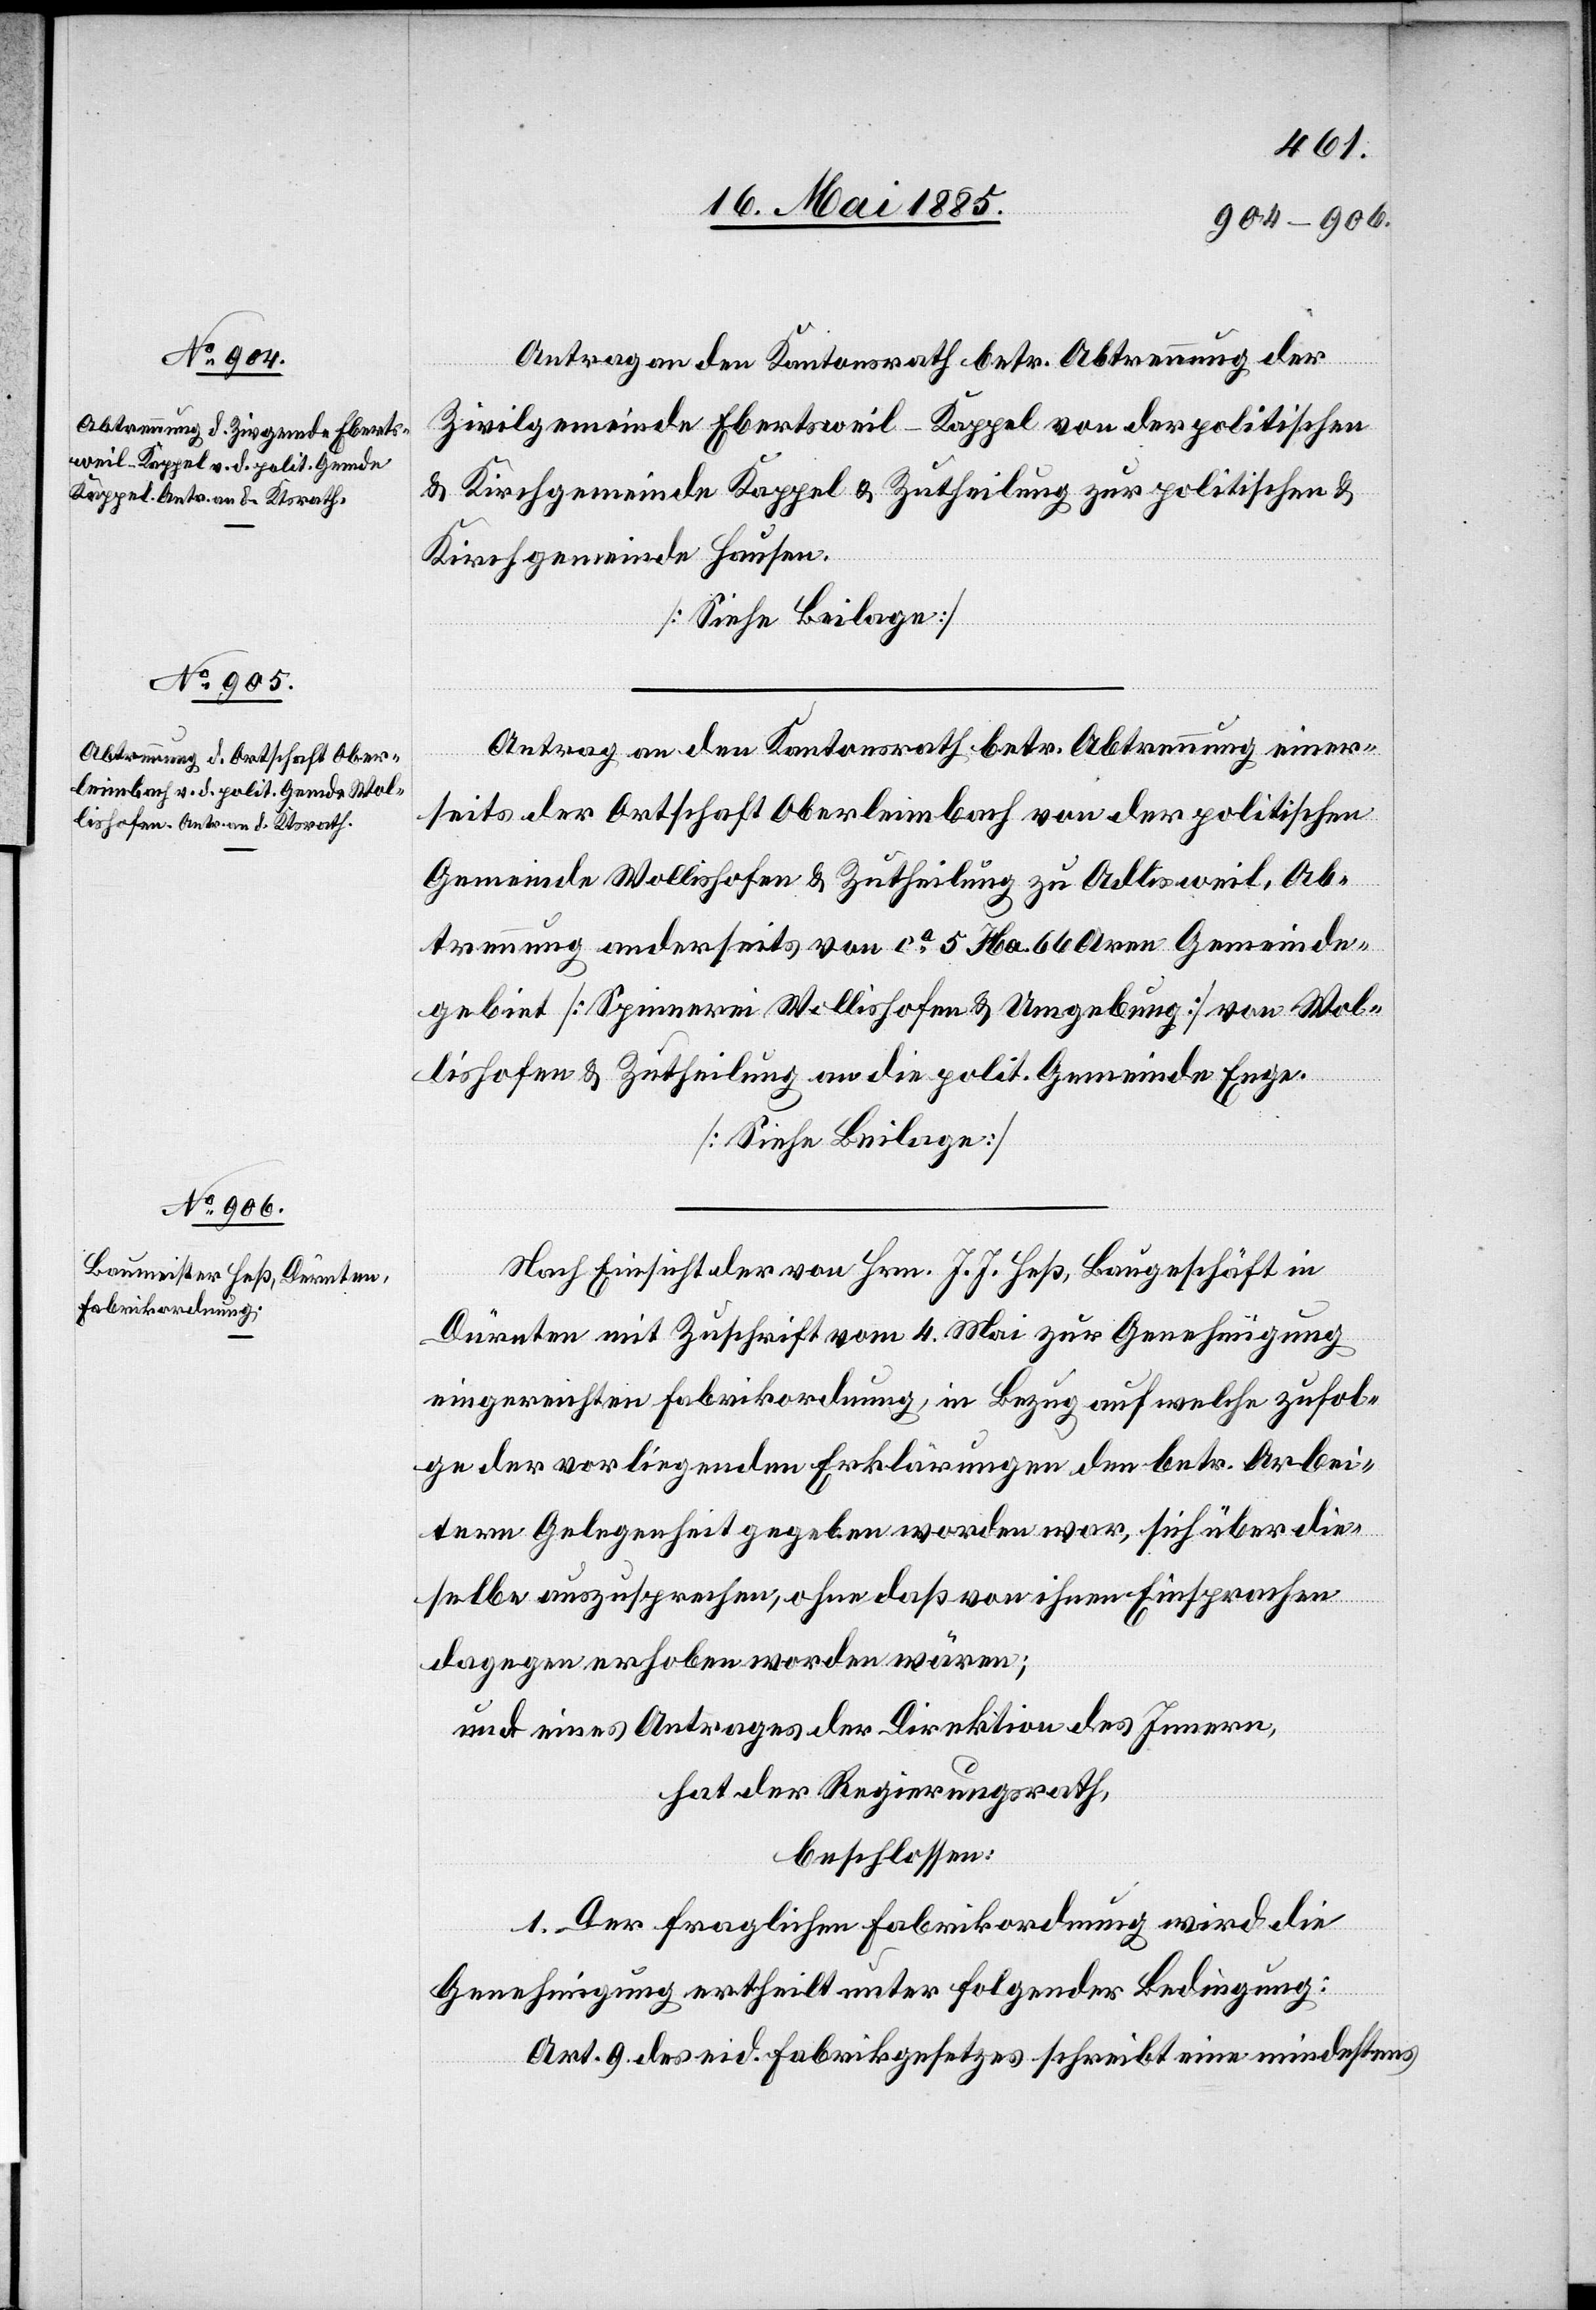
Antrag an den Kantonsrath betr. Abtrennung der
Zivilgemeinde Ebertsweil - Kappel von der politischen
& Kirchgemeinde Kappel & Zutheilung zur politischen K¬
irchgemeinde Hausen.
[Siehe Beilage]
Antrag an den Kantonsrath betr. Abtrennung einer¬
seits der Ortschaft Oberleimbach von der politischen
Gemeinde Wollishofen & Zutheilung zu Adlisweil, Ab¬
trennung anderseits von ca 5 Ha. 66 Aren Gemeinde¬
gebiet [Spinnerei Wollishofen & Umgebung] von Wol¬
lishofen & Zutheilung an die polit. Gemeinde Enge.
[Siehe Beilage]
Nach Einsicht von Hrn. J. J. Heß, Baugeschäft in
Dürnten mit Zuschrift vom 4. Mai zur Genehmigung
eingereichten Fabrikordnung, in Bezug auf welche zufol¬
ge der vorliegenden Erklärungen den betr. Arbei¬
tern Gelegenheit gegeben worden war, sich über die¬
selbe auszusprechen, ohne daß von ihnen Einsprachen
dagegen erhoben worden wären;
und eines Antrages der Direktion des Innern,
hat der Regierungsrath,
beschlossen:
1. Der fraglichen Fabrikordnung wird die
Genehmigung ertheilt unter folgender Bedingung:
Art. 9 des eid. Fabrikgesetzes schreibt eine mindestens